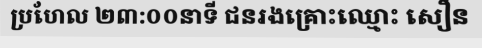
ប្រហែល ២៣:០០នាទី ជនរងគ្រោះឈ្មោះ សឿន